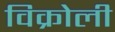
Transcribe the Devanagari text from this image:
विक्रोली